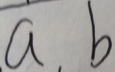
a . b